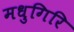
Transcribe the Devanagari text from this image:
मधुगिरि